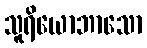
သူရိယောဘာသော